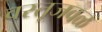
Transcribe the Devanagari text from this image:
वस्तूजवळ